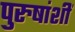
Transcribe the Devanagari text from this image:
पुरुषांशीं